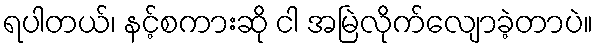
ရပါတယ်၊ နင့်စကားဆို ငါ အမြဲလိုက်လျောခဲ့တာပဲ။